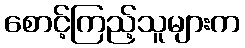
စောင့်ကြည့်သူများက